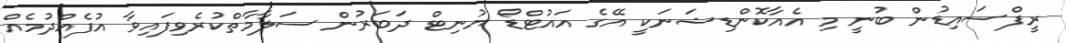
ރީފްސައިޑުން ބުނީ މި އެއާކޮންޑިޝަނަކީ އޭގެ އައުޓްޑޯ ޔުނިޓް ދަބަރުން ސަލާމާތްކުރެވިފައިވާ އުފެއްދުމެއް